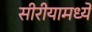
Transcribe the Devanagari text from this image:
सीरीयामध्ये